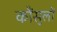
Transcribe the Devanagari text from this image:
कौंसुलों